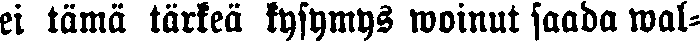
ei tämä törkeä kysymys woinut saada wal-